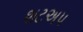
શટઅપ